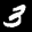
Label: 3